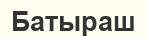
Батыраш